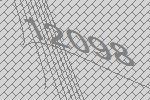
12098